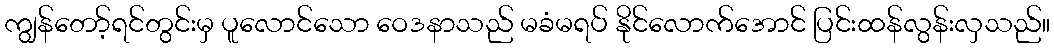
ကျွန်တော့်ရင်တွင်းမှ ပူလောင်သော ဝေဒနာသည် မခံမရပ် နိုင်လောက်အောင် ပြင်းထန်လွန်းလှသည်။